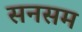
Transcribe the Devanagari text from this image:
सनसम